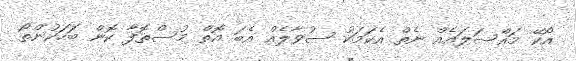
އޯކޭ މައްސަލައެއް ނެތް އެކަމަކު ސުވާލެއް އެބަ އޮތް މުސްތޮފާ ކޮން ބަހަކުންތޯ